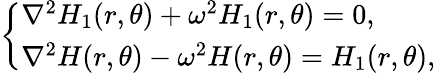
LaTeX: \left\{ \begin{array}{ll}{\nabla^{2}H_{1}(r,\theta)+\omega^{2}H_{1}(r,\theta)=0,}\\ {\nabla^{2}H(r,\theta)-\omega^{2}H(r,\theta)=H_{1}(r,\theta),}\end{array}\right.